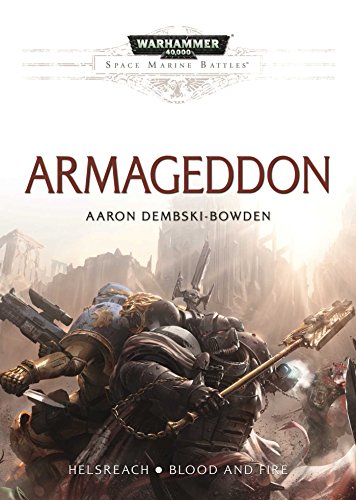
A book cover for Armageddon (Space Marine Battles); Aaron Dembski-Bowden; Science Fiction & Fantasy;